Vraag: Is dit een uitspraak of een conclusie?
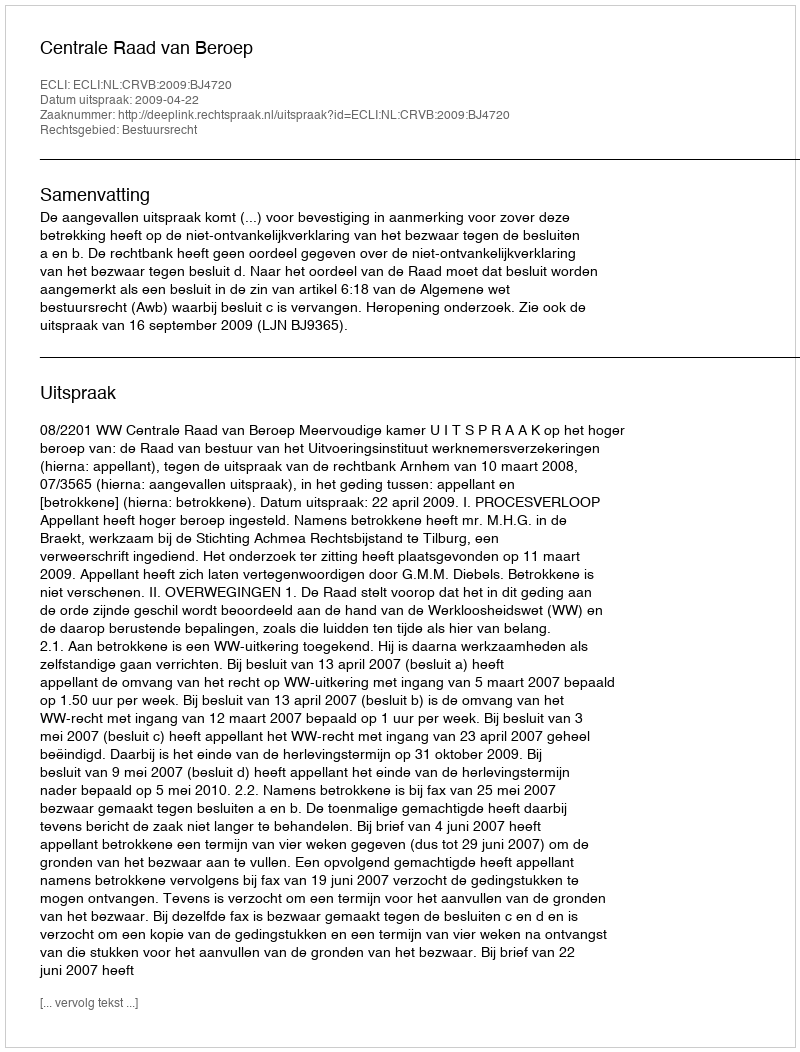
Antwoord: Uitspraak